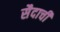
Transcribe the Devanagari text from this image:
सैदाची